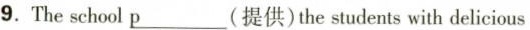
9.The school \underline{p}(提供)the students with delicious